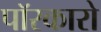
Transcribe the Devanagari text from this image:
पॉरकारो